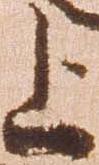
上